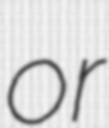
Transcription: or